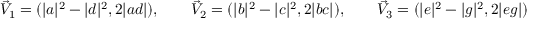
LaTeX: \vec { V } _ { 1 } = ( | a | ^ { 2 } - | d | ^ { 2 } , 2 | a d | ) , \qquad \vec { V } _ { 2 } = ( | b | ^ { 2 } - | c | ^ { 2 } , 2 | b c | ) , \qquad \vec { V } _ { 3 } = ( | e | ^ { 2 } - | g | ^ { 2 } , 2 | e g | )